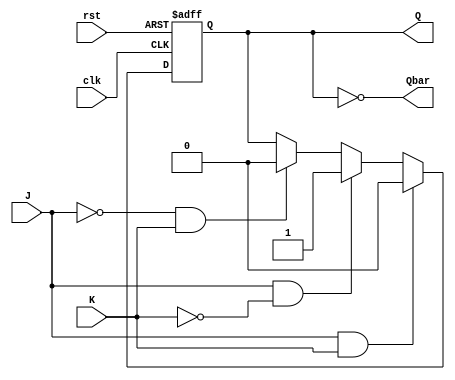
module neg_edge_jk_flipflop(
    input J, K, clk, rst,
    output reg Q, Qbar
);

reg Q_next;

always @(negedge clk or posedge rst) begin
    if (rst == 1'b1) begin
        Q <= 1'b0;
    end else begin
        Q <= Q_next;
    end
end

always @* begin
    if (J & K) begin
        Q_next = 1'b0;
    end else if (J == 1'b1 && K == 1'b0) begin
        Q_next = 1'b1;
    end else if (J == 1'b0 && K == 1'b1) begin
        Q_next = 1'b0;
    end else begin // if both J and K are 0
        Q_next = Q;
    end
end

assign Qbar = ~Q;

endmodule